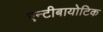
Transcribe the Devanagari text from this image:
एन्टीबायोटिक